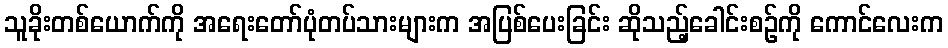
သူခိုးတစ်ယောက်ကို အရေးတော်ပုံတပ်သားများက အပြစ်ပေးခြင်း ဆိုသည့်ခေါင်းစဉ်ကို ကောင်လေးက